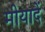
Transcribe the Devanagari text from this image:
मीयादें